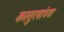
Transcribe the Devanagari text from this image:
कस्तुरबांच्या